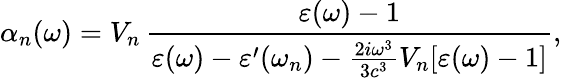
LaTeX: \alpha_{n}(\omega)=V_{n}\, \frac{\varepsilon(\omega)-1}{\varepsilon(\omega)-\varepsilon^{\prime}(\omega_{n})-\frac{2i\omega^{3}}{3c^{3}}V_{n}[\varepsilon(\omega)-1]},